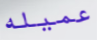
عميله